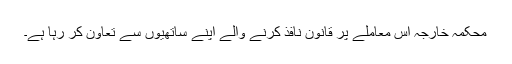
محکمہ خارجہ اس معاملے پر قانون نافذ کرنے والے اپنے ساتھیوں سے تعاون کر رہا ہے۔